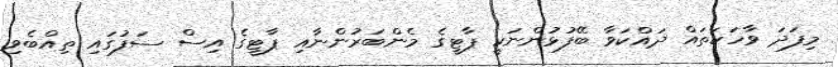
މިފަދަ ވާހަކަތައް ދައްކަވާ ބޭފުޅުންނަކީ ޕާޓީގެ މެންބަރުންނާއި ޕާޓީގެ އިސް ސަފުގައި ތިއްބެވި